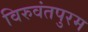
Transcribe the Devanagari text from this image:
विरुवंतपुरम